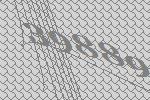
39889